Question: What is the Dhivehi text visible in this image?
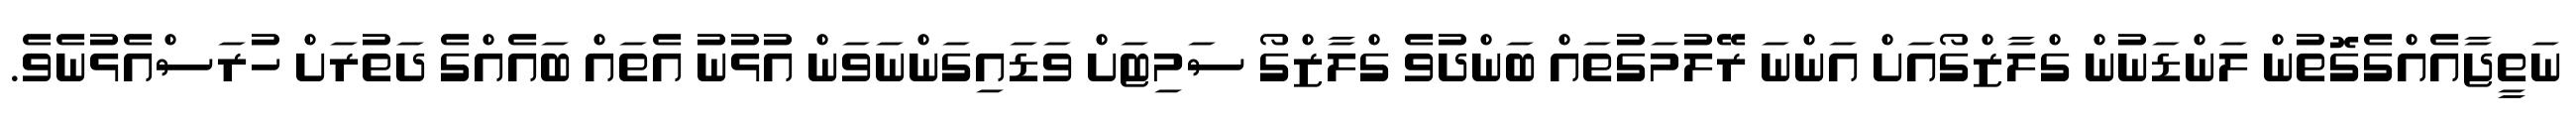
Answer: ނަތީޖާއެއްގެގޮތުން ލަންޑަނުން ގްލާޒްގޯއަށް އަންނަ ރޭލުމަގުތައް ބަންދުވެ ގްލާޒްގޯ ސަމިޓަށް ވަޑައިގަންނަވަން އުޅުނު އެތައް ބައެއްގެ ދަތުރަށް ހުރަސްއެޅުނެވެ.